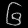
Digit: ၆